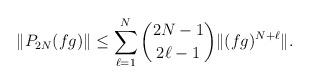
LaTeX: \begin{align*}\|P_{2N}(fg)\|\le \sum_{\ell=1}^{N} {2N-1\choose 2\ell-1} \|(fg)^{N+\ell}\|.\end{align*}